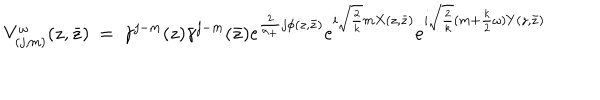
LaTeX: V _ { ( j , m ) } ^ { \omega } ( z , \bar { z } ) ~ = ~ \gamma ^ { j - m } ( z ) \bar { \gamma } ^ { j - m } ( \bar { z } ) e ^ { \frac 2 { \alpha _ { + } } j \phi ( z , \bar { z } ) } e ^ { i \sqrt { \frac { 2 } { k } } m X ( z , \bar { z } ) } e ^ { i \sqrt { \frac { 2 } { k } } ( m + { \frac { k } { 2 } } \omega ) Y ( z , \bar { z } ) }